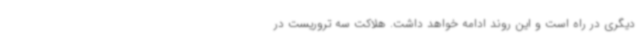
دیگری در راه است و این روند ادامه خواهد داشت. هلاکت سه تروریست در